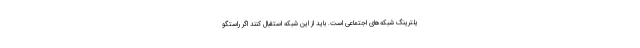
یلترینگ شبکه‌های اجتماعی است. باید از این شبکه استقبال کنند اگر راستگو